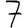
Digit: 7